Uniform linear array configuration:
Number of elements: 8
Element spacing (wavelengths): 1
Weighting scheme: hamming
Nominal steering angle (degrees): -30
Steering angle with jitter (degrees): -31.417
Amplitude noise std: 0.05
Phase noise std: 0.05

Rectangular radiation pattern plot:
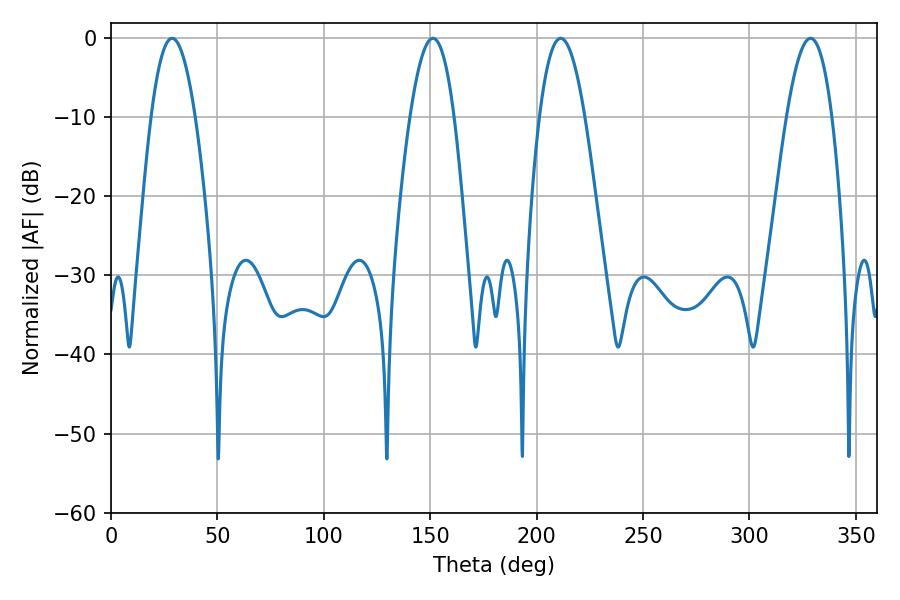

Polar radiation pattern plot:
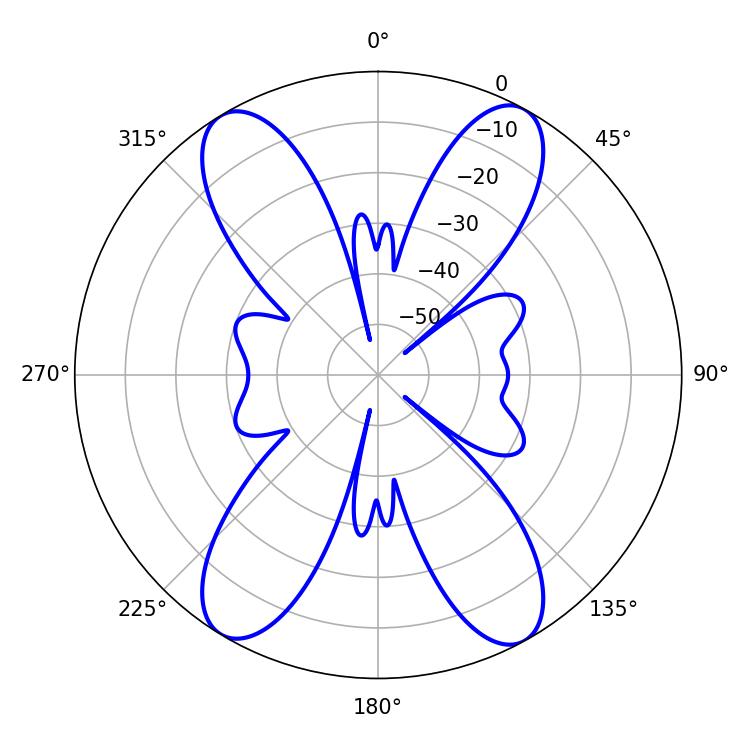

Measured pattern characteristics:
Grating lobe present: TRUE
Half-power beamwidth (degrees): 11.52
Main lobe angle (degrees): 211.32